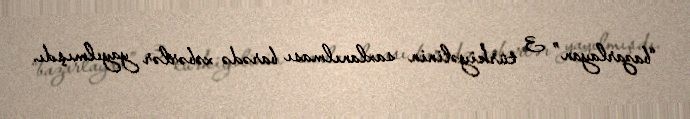
“bazarlayan” 3 türkiyəlinin saxlanılması barədə xəbərlər yayılmışdı.